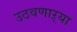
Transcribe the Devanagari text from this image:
उठवणाऱ्या